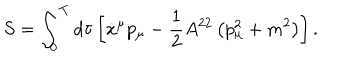
S = \int _ { 0 } ^ { T } d \tau \left[ \dot { x } ^ { \mu } p _ { \mu } - \frac 1 2 A ^ { 2 2 } \left( p _ { \mu } ^ { 2 } + m ^ { 2 } \right) \right] .